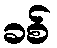
ခစ်